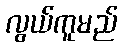
လွယ်ကူမည်